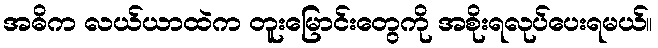
အဓိက လယ်ယာထဲက တူးမြောင်းတွေကို အစိုးရလုပ်ပေးရမယ်။